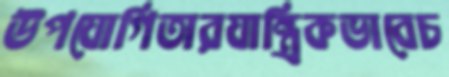
উপযোগিতারযান্ত্রিকভাবেচ